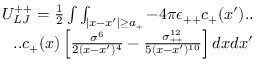
\begin{array} { r } { U _ { L J } ^ { + + } = \frac { 1 } { 2 } \int \int _ { | x - x ^ { \prime } | \geq a _ { + } } - 4 \pi \epsilon _ { + + } c _ { + } ( x ^ { \prime } ) . . } \\ { . . c _ { + } ( x ) \left[ \frac { \sigma ^ { 6 } } { 2 ( x - x ^ { \prime } ) ^ { 4 } } - \frac { \sigma _ { + + } ^ { 1 2 } } { 5 ( x - x ^ { \prime } ) ^ { 1 0 } } \right] d x d x ^ { \prime } } \end{array}